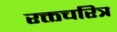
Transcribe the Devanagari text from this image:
रक्तचरित्र